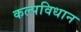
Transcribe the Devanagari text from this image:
कल्पविधान